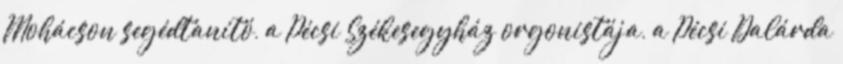
Mohácson segédtanító, a Pécsi Székesegyház orgonistája, a Pécsi Dalárda